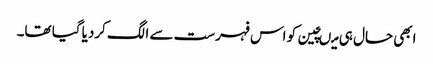
ابھی حال ہی میںچین کو اس فہرست سے الگ کردیا گیا تھا۔